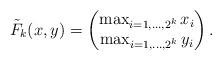
LaTeX: \begin{align*}\tilde{F}_k(x,y) = \begin{pmatrix}\max_{i=1,\ldots,2^k} x_i\\\max_{i=1,\ldots,2^k} y_i\end{pmatrix}.\end{align*}